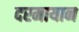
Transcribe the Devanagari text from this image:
दरमायान